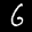
Label: 6